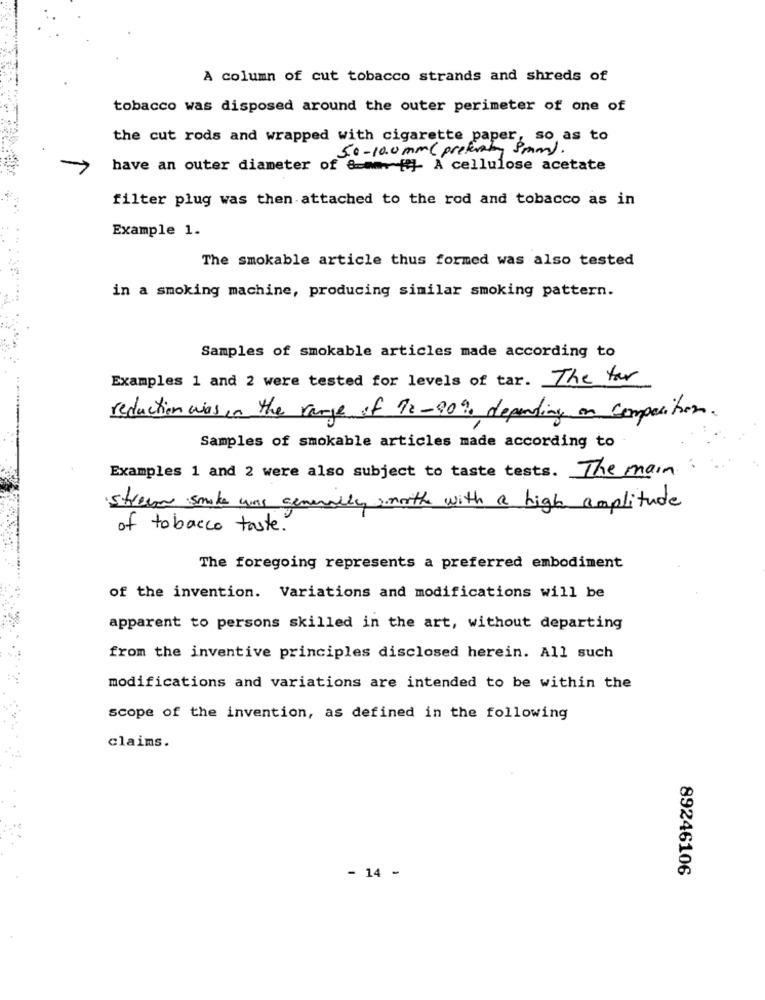
A column of cut tobacco strands and shreds of
tobacco was disposed around the outer perimeter of one of
the cut rods and wrapped with cigarette paper, so as to
5.0-10.0 mm( preferto 8mm).
have an outer diameter of 8 == m. [{]- A cellulose acetate
filter plug was then attached to the rod and tobacco as in
Example 1.
The smokable article thus formed was also tested
in a smoking machine, producing similar smoking pattern.
Samples of smokable articles made according to
Examples 1 and 2 were tested for levels of tar. The far
reduction was in the range of 92-90% depending on composition.
Samples of smokable articles made according to
Examples 1 and 2 were also subject to taste tests. The main:
streen smake was generally smooth with a high amplitude
of tobacco taste.
The foregoing represents a preferred embodiment
of the invention. Variations and modifications will be
apparent to persons skilled in the art, without departing
from the inventive principles disclosed herein. All such
modifications and variations are intended to be within the
scope of the invention, as defined in the following
claims.
89246106
- 14 -